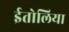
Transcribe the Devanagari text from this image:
ईतोलिया